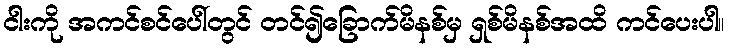
ငါးကို အကင်စင်ပေါ်တွင် တင်၍ခြောက်မိနစ်မှ ရှစ်မိနစ်အထိ ကင်ပေးပါ။